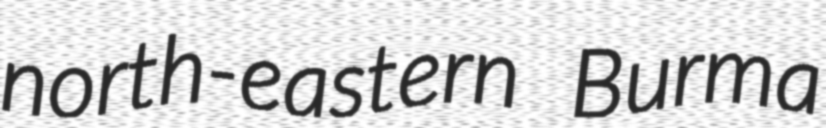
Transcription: north-eastern Burma